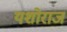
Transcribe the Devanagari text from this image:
यशोराज